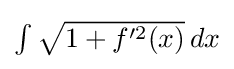
{\textstyle \int {\sqrt {1+f'^{2}(x)}}\,dx}